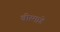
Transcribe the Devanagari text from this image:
वीरमाडे